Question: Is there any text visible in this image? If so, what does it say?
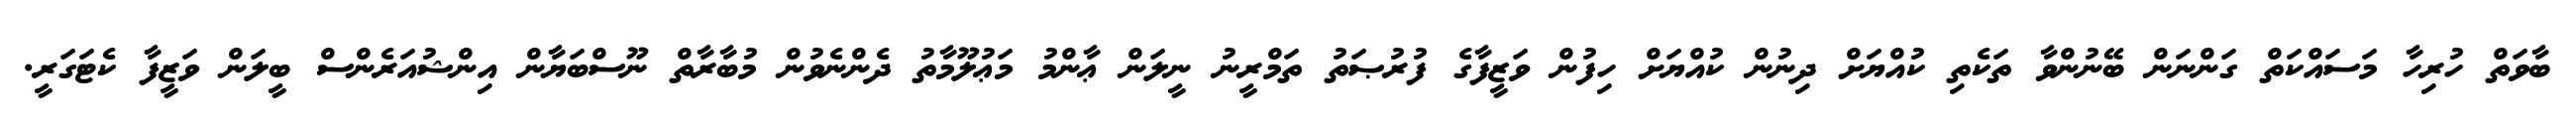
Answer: ބާވަތް ހުރިހާ މަސައްކަތް ގަންނަން ބޭނުންވާ ތަކެތި ކުއްޔަށް ދިނުން ކުއްޔަށް ހިފުން ވަޒީފާގެ ފުރުޞަތު ތަމްރީނު ނީލަން ޢާންމު މަޢުލޫމާތު ދެންނެވުން މުބާރާތް ނޫސްބަޔާން އިންޝުއަރެންސް ބީލަން ވަޒީފާ ކެޓަގަރީ.